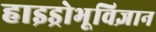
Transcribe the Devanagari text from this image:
हाइड्रोभूविज्ञान